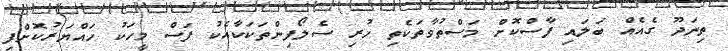
ތިނަދޫ ގެއެއް ބަލައި ފާސްކޮށް މަސްތުވާތަކެތި ހުރި ސެލޯފިންތަކަކާއެކު ފަސް މީހަކު ހައްޔަރުކޮށްފި